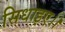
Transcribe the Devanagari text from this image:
सिधाइए।।